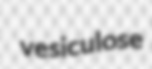
vesiculose